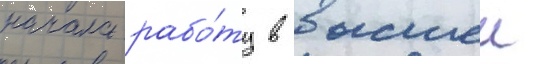
начала рабо́ту в высшеи